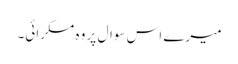
میرے اس سوال پر وہ مسکرائی۔